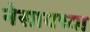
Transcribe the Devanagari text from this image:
नेसायच्या